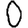
Digit: 0